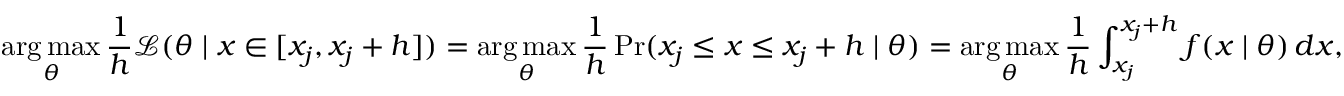
\mathop { \operatorname { a r g \, m a x } } _ { \theta } { \frac { 1 } { h } } { \mathcal { L } } ( \theta \mid x \in [ x _ { j } , x _ { j } + h ] ) = \mathop { \operatorname { a r g \, m a x } } _ { \theta } { \frac { 1 } { h } } \operatorname* { P r } ( x _ { j } \leq x \leq x _ { j } + h \mid \theta ) = \mathop { \operatorname { a r g \, m a x } } _ { \theta } { \frac { 1 } { h } } \int _ { x _ { j } } ^ { x _ { j } + h } f ( x \mid \theta ) \, d x ,